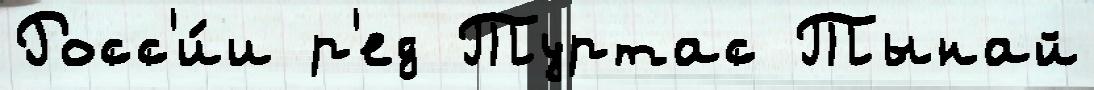
Росс'и́и р'ед Туртас Тынай